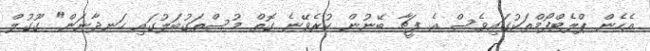
އެހެން ޕްލެޓްފޯމްތަކުގައިވެސް އެ ފީޗާ ބޭނުން ކުރެވޭނެ ގޮތް މުސްތަގުބަލުގައި ހަނދާނަން" ގޫގުލް